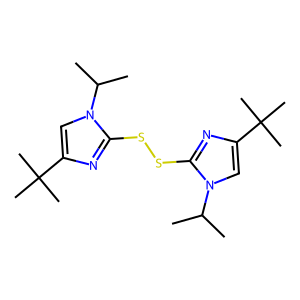
SMILES: CC(C)n1cc(C(C)(C)C)nc1SSc1nc(C(C)(C)C)cn1C(C)C
Inhibits HIV replication: No